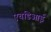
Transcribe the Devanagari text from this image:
एचडिआई